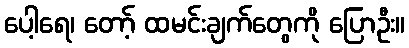
ပေါ့ရေ၊ တော့် ထမင်းချက်တွေကို ပြောဦး။